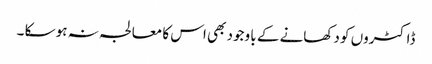
ڈاکٹروں کو دکھانے کے با وجود بھی اس کا معالجہ نہ ہو سکا ۔